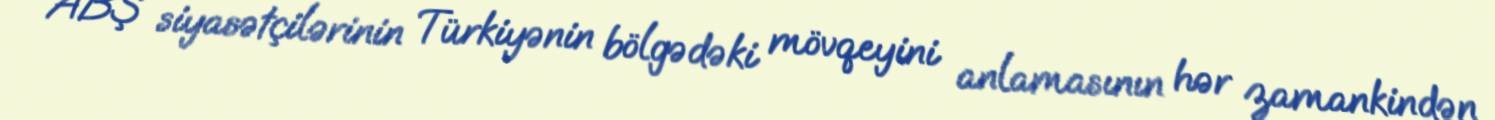
ABŞ siyasətçilərinin Türkiyənin bölgədəki mövqeyini anlamasının hər zamankindən